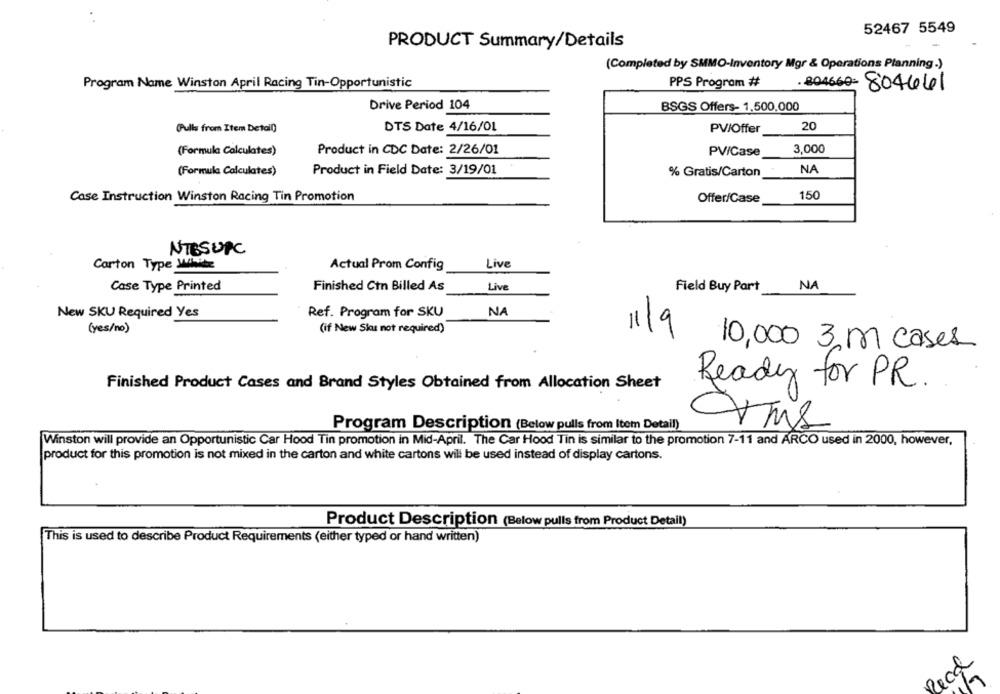
52467 5549
PRODUCT Summary/Details
(Completed by SMMO-Inventory Mgr & Operations Planning.)
Program Name Winston April Racing Tin-Opportunistic
PPS Program #
.804660- 804641
Drive Period 104
BSGS Offers- 1,500,000
20
(Pulls from Item Detail)
DTS Date 4/16/01
PV/Offer
(Formula Calculates)
Product in CDC Date: 2/26/01
PV/Case
3,000
(Formula Calculates)
Product in Field Date: 3/19/01
% Gratis/Carton
NA
150
Case Instruction Winston Racing Tin Promotion
Offer/Case
NTBSUPC
Carton Type Winit
Live
Actual Prom Config
Case Type Printed
Finished Ctn Billed As
Live
Field Buy Part
NA
New SKU Required Yes
Ref. Program for SKU
NA
(yes/no)
(if New Sku not required)
11/9
10,000 3 m cases.
Ready for PR.
Finished Product Cases and Brand Styles Obtained from Allocation Sheet
Program Description (Below pulls from Item Detail)
Winston will provide an Opportunistic Car Hood Tin promotion in Mid-April. The Car Hood Tin is similar to the promotion 7-11 and ARCO used in 2000, however,
product for this promotion is not mixed in the carton and white cartons will be used instead of display cartons.
Product Description (Below pulls from Product Detail)
This is used to describe Product Requirements (either typed or hand written)
Road